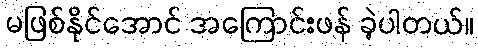
မဖြစ်နိုင်အောင် အကြောင်းဖန် ခဲ့ပါတယ်။